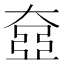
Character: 𡙞